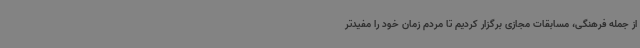
از جمله فرهنگی، مسابقات مجازی برگزار کردیم تا مردم زمان خود را مفیدتر